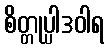
စိတ္တုပ္ပါဒဝါရ